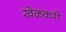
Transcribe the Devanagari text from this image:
खेळकरी